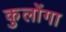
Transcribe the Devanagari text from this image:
कुलोंगा